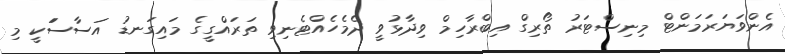
އެންވަޔަރަމަންޓް މިނިސްޓަރު ތޯރިގް އިބްރާހިމް ވިދާޅުވީ ދެމެހެއްޓެނިވި ތަރައްގީގެ މައިގަނޑު އަސާސަަަކީ މި